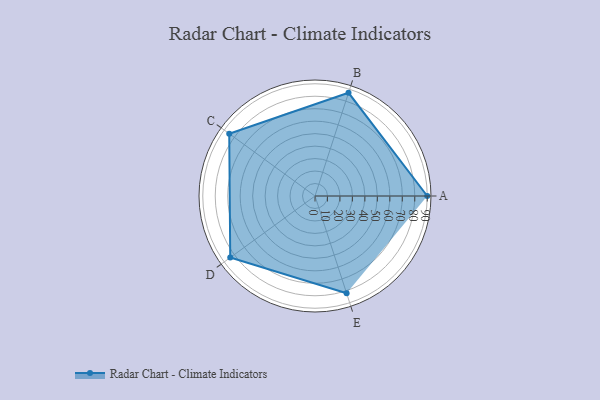
{"axis": {"x": "Skill", "y": "Score"}, "legend": ["Profile"], "data": [{"x": "A", "y": 90.0, "type": "Profile"}, {"x": "B", "y": 87.0, "type": "Profile"}, {"x": "C", "y": 85.0, "type": "Profile"}, {"x": "D", "y": 84.0, "type": "Profile"}, {"x": "E", "y": 82.0, "type": "Profile"}]}